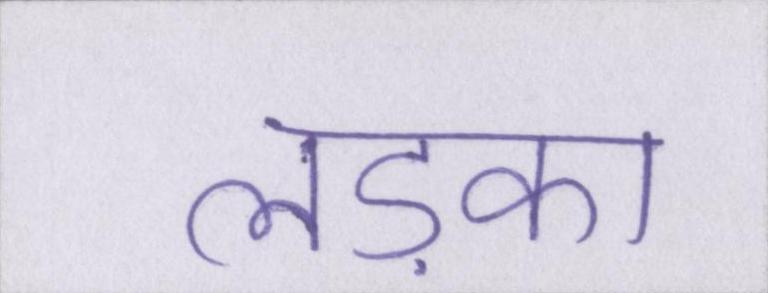
लड़का